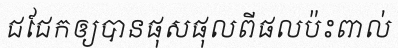
ជជែកឲ្យបានផុសផុលពីផលប៉ះពាល់